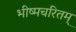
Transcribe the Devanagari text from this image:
भीष्मचरितम्